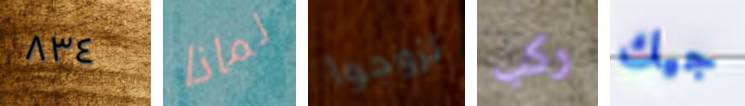
٨٣٤ لماذا تزوجوا ركب جيك